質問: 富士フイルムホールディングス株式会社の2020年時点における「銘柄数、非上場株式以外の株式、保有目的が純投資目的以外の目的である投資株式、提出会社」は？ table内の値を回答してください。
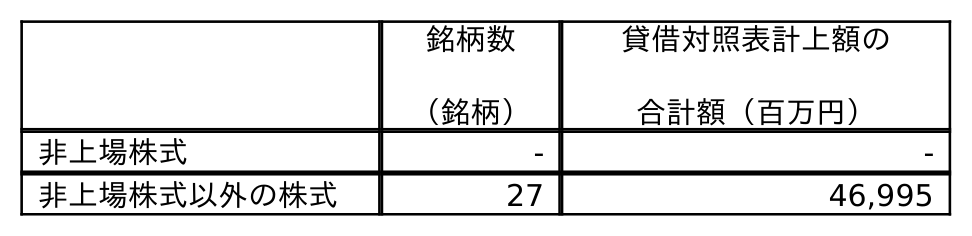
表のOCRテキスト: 銘柄数 （銘柄） 貸借対照表計上額の 合計額（百万円） 非上場株式 - - 非上場株式以外の株式 27 46,995
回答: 27